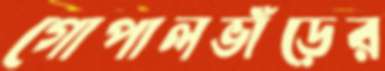
গোপালভাঁড়ের